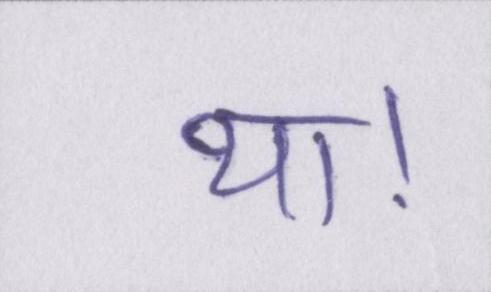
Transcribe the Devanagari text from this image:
था।